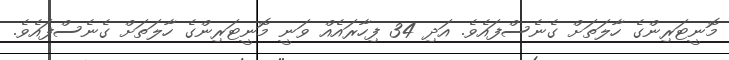
މޮނީޓަރިންގެ ހާލަތަށް ގެނެސްފައެވެ. އަދި 34 ފިހާރައެއް ވަނީ މޮނީޓަރިންގެ ހާލަތަށް ގެނެސްފައެވެ.